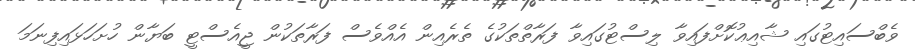
ވެބްސައިޓުގައި ޝާއިޢުކޮށްފައިވާ ލިސްޓުގައިވާ ފަރާތްތަކުގެ ތެރެއިން އެއްވެސް ފަރާތަކުން ޖީއެސްޓީ ބަޔާން ހުށަހަޅައިފިނަމަ